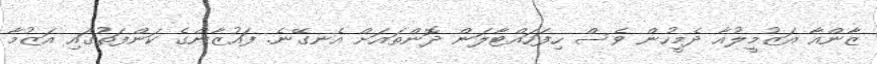
ޒާންއާ އަޒުމީލުއާ ދެމީހުން ވެސް ހިފަހައްޓާލަން ދޮންތައަށް އެނގޭނެ. ފައުޒާންގެ ކަންފަތުގައި އަޒުމާ